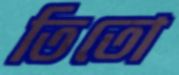
তিতো